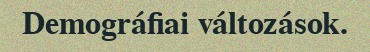
Demográfiai változások.